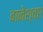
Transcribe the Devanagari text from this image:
बानेश्वर